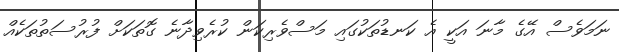
ނަމަވެސް އޭގެ މާނަ އަކީ އެ ކަނޑުތަކުގައި މަސްވެރިކަން ކުރެވިދާނެ ގޮތަކަށް ފުރުސަތުތަކެއް